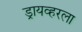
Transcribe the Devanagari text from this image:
ड्रायव्हरला